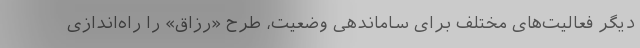
دیگر فعالیت‌های مختلف برای ساماندهی وضعیت، طرح «رزاق» را راه‌اندازی